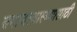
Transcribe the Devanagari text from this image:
समाजस्वास्थ्यासाठी